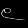
Digit: ၉